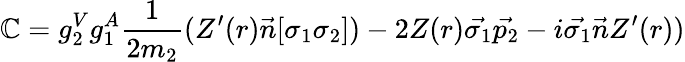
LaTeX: \mathbb{C}=g_{2}^{V}g_{1}^{A}\frac{{1}}{{2m_{2}}}(Z^{\prime}(r)\vec{{n}}[\sigma_{1}\sigma_{2}])-2Z(r)\vec{{\sigma_{1}}}\vec{{p_{2}}}-i\vec{{\sigma_{1}}}\vec{{n}}Z^{\prime}(r))